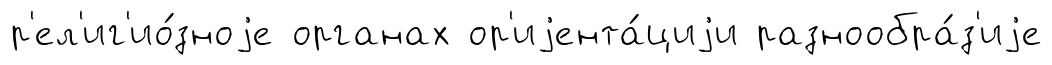
р'ел'иг'ио́зноjе органах ор'иjента́циjи разнообра́з'иjе